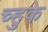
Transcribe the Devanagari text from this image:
च्हुके